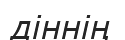
діннің